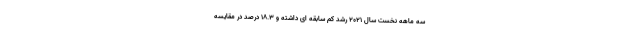
سه ماهه نخست سال ۲۰۲۱ رشد کم سابقه ای داشته و ۱۸.۳ درصد در مقایسه